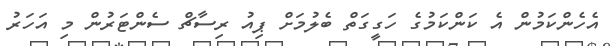
އެހެންކަމުން އެ ކަންކަމުގެ ހަގީގަތް ބެލުމަށް ޕިއު ރިސާޗް ސެންޓަރުން މި އަހަރު